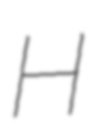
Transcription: H